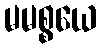
မမစ္စယေ